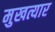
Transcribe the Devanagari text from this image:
मुखत्यार